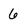
Character: 6